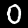
Digit: 0